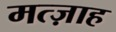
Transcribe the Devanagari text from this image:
मत्ज़ाह